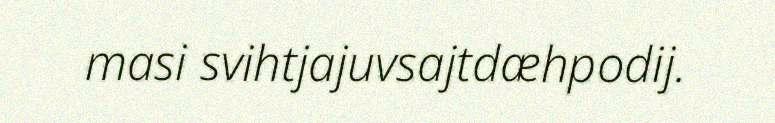
masi svihtjajuvsajtdæhpodij.